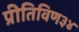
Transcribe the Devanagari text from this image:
प्रीतिविण३४